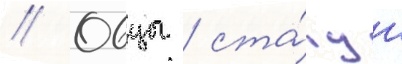
// Овцы / ста́туи